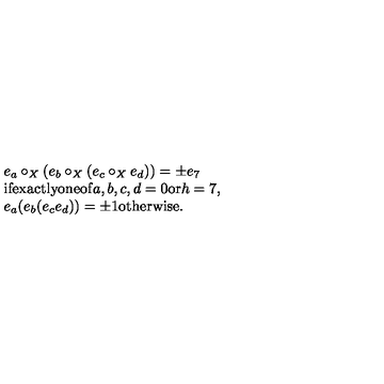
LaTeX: \begin{array} { l } { e _ { a } \circ _ { X } ( e _ { b } \circ _ { X } ( e _ { c } \circ _ { X } e _ { d } ) ) = \pm e _ { 7 } } \\ { \mathrm { i f e x a c t l y o n e o f } a , b , c , d = 0 \mathrm { o r } h = 7 , } \\ { e _ { a } ( e _ { b } ( e _ { c } e _ { d } ) ) = \pm 1 \mathrm { o t h e r w i s e . } } \\ \end{array}